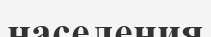
населения